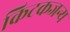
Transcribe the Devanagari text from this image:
किटकजन्य